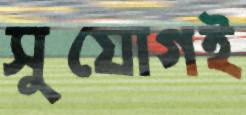
সুযোগই